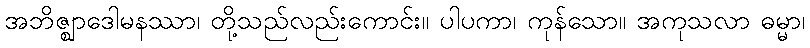
အဘိဇ္ဈာဒေါမနဿာ၊ တို့သည်လည်းကောင်း။ ပါပကာ၊ ကုန်သော။ အကုသလာ ဓမ္မာ၊